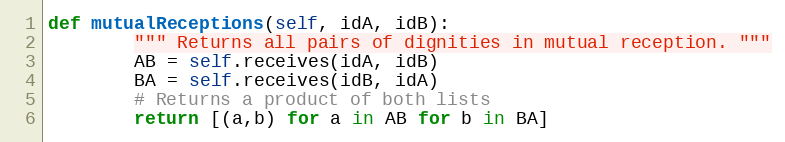
Language: Python
def mutualReceptions(self, idA, idB):
        """ Returns all pairs of dignities in mutual reception. """
        AB = self.receives(idA, idB)
        BA = self.receives(idB, idA)
        # Returns a product of both lists
        return [(a,b) for a in AB for b in BA]